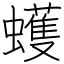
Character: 蠖